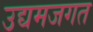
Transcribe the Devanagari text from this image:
उद्यमजगत